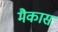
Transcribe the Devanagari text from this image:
मैकास